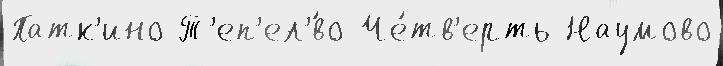
Патк'ино Т'еп'ел'́во Че́тв'ерть Наумово